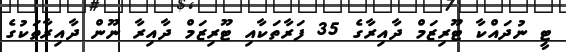
ޓީ ނުދައްކާ ޓޫރިޒަމް ދާއިރާގެ 35 ފަރާތަކާއި ޓޫރިޒަމް ދާއިރާ ނޫން ދާއިރާތަކުގެ